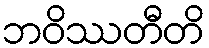
ဘဝိဿတီတိ